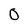
Character: 0